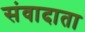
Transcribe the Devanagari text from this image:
संवादाता